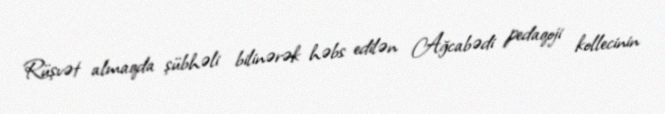
Rüşvət almaqda şübhəli bilinərək həbs edilən Ağcabədi pedaqoji kollecinin